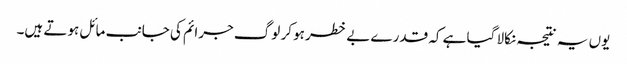
یوں یہ نتیجہ نکالا گیا ہے کہ قدرے بے خطر ہو کر لوگ جرائم کی جانب مائل ہوتے ہیں۔